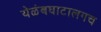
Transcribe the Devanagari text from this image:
येळंबघाटालगच